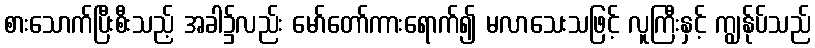
စားသောက်ပြီးစီးသည့် အခါ၌လည်း မော်တော်ကားရောက်၍ မလာသေးသဖြင့် လူကြီးနှင့် ကျွန်ုပ်သည်